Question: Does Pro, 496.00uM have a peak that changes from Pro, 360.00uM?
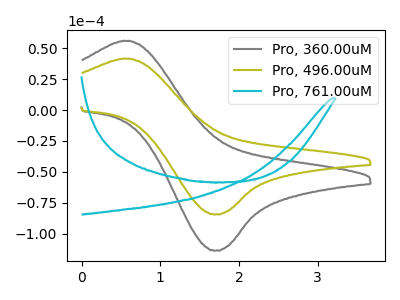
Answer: <think>The gray curve "Pro, 360.00uM" has an anodic peak at (0.60V, 55.90uA) and a cathodic peak at (1.70V, -113.75uA). The olive curve "Pro, 496.00uM" has an anodic peak at (0.60V, 41.50uA) and a cathodic peak at (1.70V, -84.45uA). The cyan curve "Pro, 761.00uM" has no peaks.
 All the peaks in "Pro, 496.00uM" have a peak in "Pro, 360.00uM" at the same potential. Every peak in "Pro, 496.00uM" is lower than every peak in "Pro, 360.00uM".</think>
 <answer>No, "Pro, 496.00uM" and "Pro, 360.00uM" don't appear to be significantly different in shape</answer>
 <eval>no_change</eval>